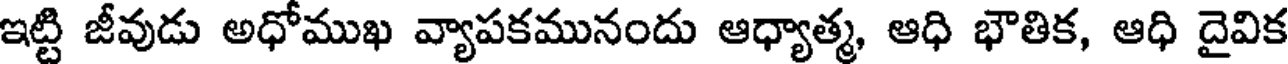
ఇట్టి జీవుడు అధోముఖ వ్యాపకమునందు ఆధ్యాత్మ, ఆధి భౌతిక, ఆధి దైవిక